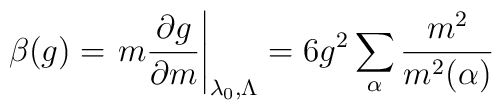
\beta (g)=\left. m\frac{\partial g}{\partial m}\right| _{\lambda_{0},\Lambda }=6g^{2}\sum_{\alpha }\frac{m^{2}}{m^{2}(\alpha )}